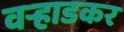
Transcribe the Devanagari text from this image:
वर्‍हाडकर